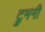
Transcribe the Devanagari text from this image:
ट्रुमनी